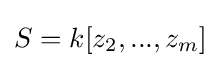
S=k[z_{2},...,z_{m}]